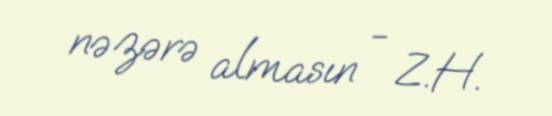
nəzərə almasın - Z.H.